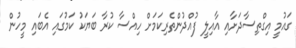
ގައުމީ އިގްތިސާދަށާއި އާއިލީ ފުއްދުންތެރިކަމަށް ހިއްސާ ކުރާ ބަޔަކު ކަމުގައި އެބައި މީހުން